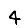
Digit: 4